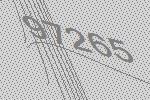
97265